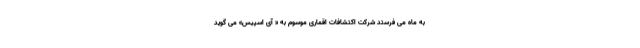
به ماه می فرستد شرکت اکتشافات اقماری موسوم به « آی اسپیس»‌ می گوید